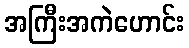
အကြီးအကဲဟောင်း